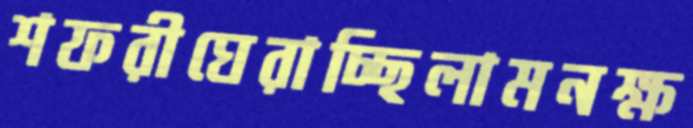
শফরীঘেরাচ্ছিলামনক্ষ